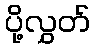
ပို့လွှတ်